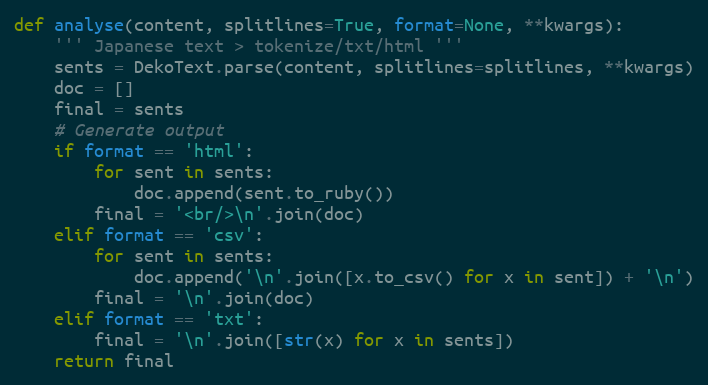
Language: Python
def analyse(content, splitlines=True, format=None, **kwargs):
    ''' Japanese text > tokenize/txt/html '''
    sents = DekoText.parse(content, splitlines=splitlines, **kwargs)
    doc = []
    final = sents
    # Generate output
    if format == 'html':
        for sent in sents:
            doc.append(sent.to_ruby())
        final = '<br/>\n'.join(doc)
    elif format == 'csv':
        for sent in sents:
            doc.append('\n'.join([x.to_csv() for x in sent]) + '\n')
        final = '\n'.join(doc)
    elif format == 'txt':
        final = '\n'.join([str(x) for x in sents])
    return final